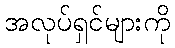
အလုပ်ရှင်များကို